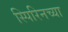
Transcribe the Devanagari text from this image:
स्पिरिनच्या